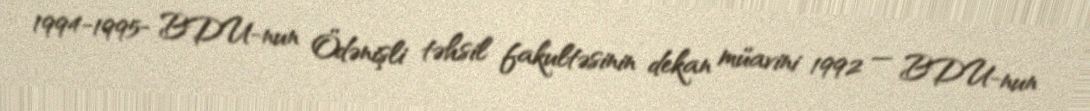
1994-1995- BDU-nun Ödənişli təhsil fakultəsinin dekan müavini 1992 — BDU-nun